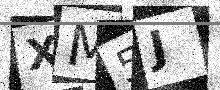
Text: XM5J